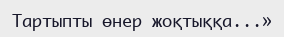
Тартыпты өнер жоқтыққа...»